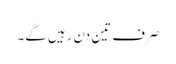
صرف تین دن رہیں گے۔